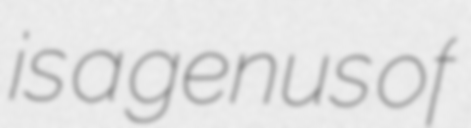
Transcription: is a genus of